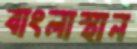
বাংলাস্থান